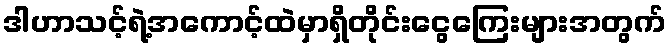
ဒါဟာသင့်ရဲ့အကောင့်ထဲမှာရှိတိုင်းငွေကြေးများအတွက်